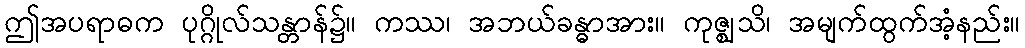
ဤအပရာဓက ပုဂ္ဂိုလ်သန္တာန်၌။ ကဿ၊ အဘယ်ခန္ဓာအား။ ကုဇ္ဈသိ၊ အမျက်ထွက်အံ့နည်း။